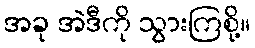
အခု အဲဒီကို သွားကြစို့။